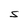
Character: S